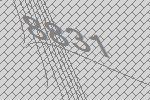
8831